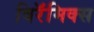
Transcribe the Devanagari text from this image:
विरॅमिक्स